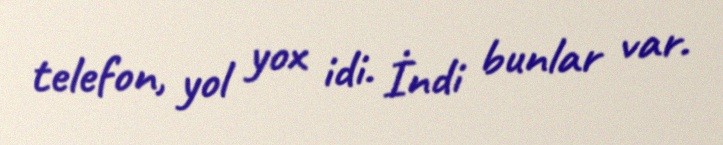
telefon, yol yox idi. İndi bunlar var.